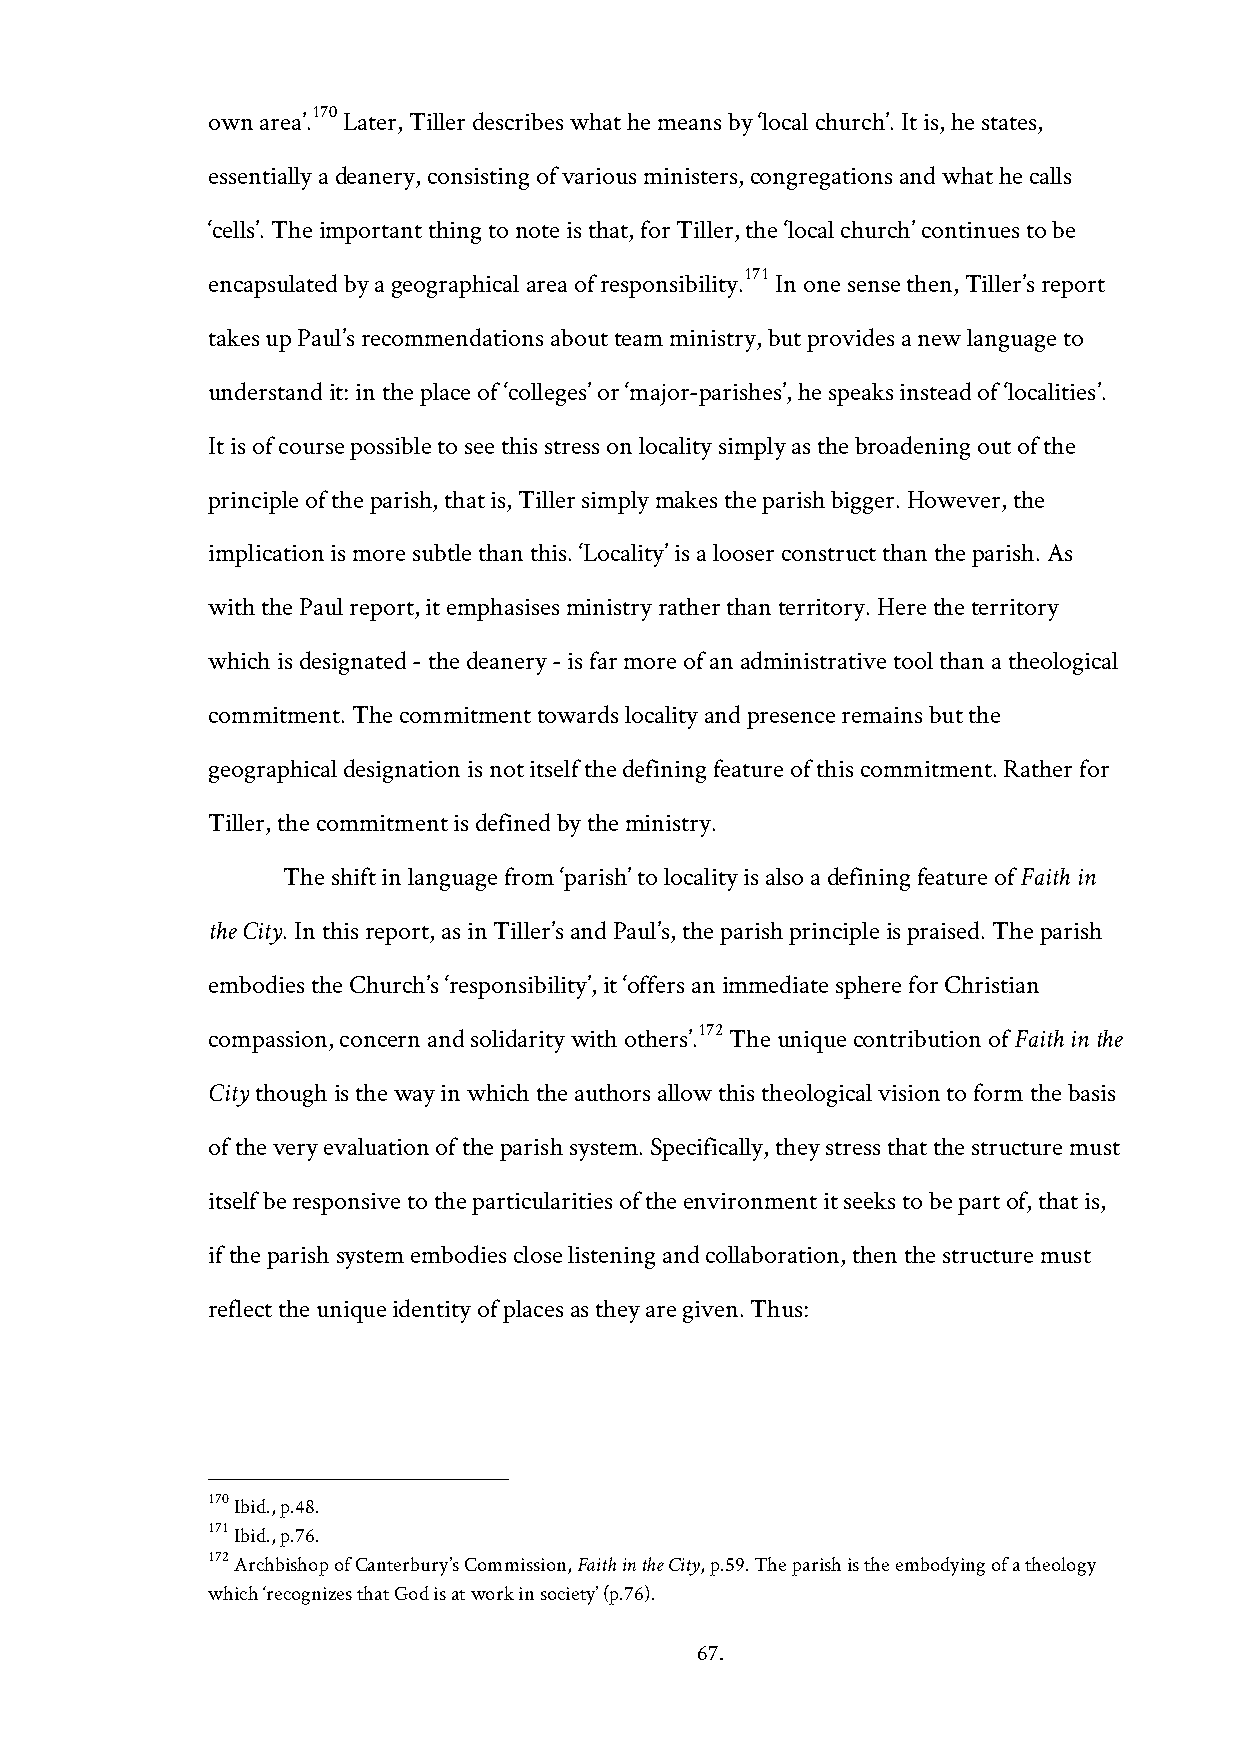
170
 own area’. Later, Tiller describes what he means by ‘local church’. It is, he states,
 essentially a deanery, consisting of various ministers, congregations and what he calls
 ‘cells’. The important thing to note is that, for Tiller, the ‘local church’ continues to be
 171
 encapsulated by a geographical area of responsibility. In one sense then, Tiller’s report
 takes up Paul’s recommendations about team ministry, but provides a new language to
 understand it: in the place of ‘colleges’ or ‘major-parishes’, he speaks instead of ‘localities’.
 It is of course possible to see this stress on locality simply as the broadening out of the
 principle of the parish, that is, Tiller simply makes the parish bigger. However, the
 implication is more subtle than this. ‘Locality’ is a looser construct than the parish. As
 with the Paul report, it emphasises ministry rather than territory. Here the territory
 which is designated - the deanery - is far more of an administrative tool than a theological
 commitment. The commitment towards locality and presence remains but the
 geographical designation is not itself the defining feature of this commitment. Rather for
 Tiller, the commitment is defined by the ministry.
 The shift in language from ‘parish’ to locality is also a defining feature of Faith in
 the City. In this report, as in Tiller’s and Paul’s, the parish principle is praised. The parish
 embodies the Church’s ‘responsibility’, it ‘offers an immediate sphere for Christian
 compassion, concern and solidarity with others’.172 The unique contribution of Faith in the
 City though is the way in which the authors allow this theological vision to form the basis
 of the very evaluation of the parish system. Specifically, they stress that the structure must
 itself be responsive to the particularities of the environment it seeks to be part of, that is,
 if the parish system embodies close listening and collaboration, then the structure must
 reflect the unique identity of places as they are given. Thus:
 170 Ibid., p.48.
 171 Ibid., p.76.
 172 Archbishop of Canterbury’s Commission, Faith in the City, p.59. The parish is the embodying of a theology
 which ‘recognizes that God is at work in society’ (p.76).
 67.